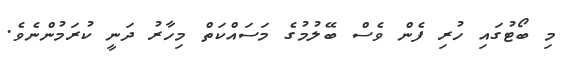
މި ބޯޓުގައި ހުރި ފެން ވެސް ބޭލުމުގެ މަސައްކަތް މިހާރު ދަނީ ކުރަމުންނެވެ.